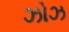
ઝોઝ